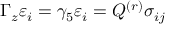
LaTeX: \Gamma _ { z } \varepsilon _ { i } = \gamma _ { 5 } \varepsilon _ { i } = Q ^ { ( r ) } \sigma _ { i j }